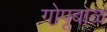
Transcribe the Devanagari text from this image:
गोपूबाळ